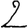
Digit: 2